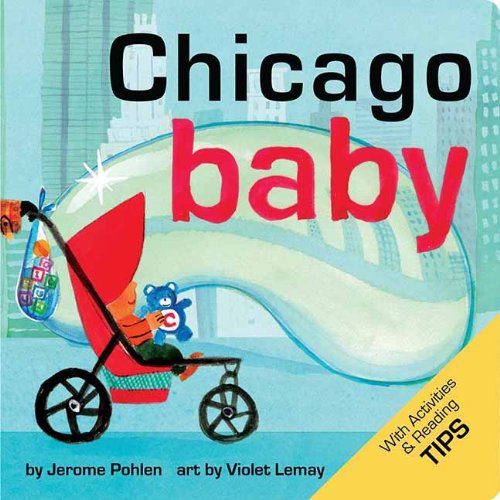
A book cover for Chicago Baby (Local Baby Books); Jerome Pohlen; Travel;